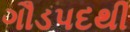
ગૌડપદથી